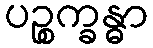
ပဉ္စက္ခန္ဓာ